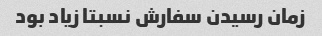
زمان رسیدن سفارش نسبتا زیاد بود